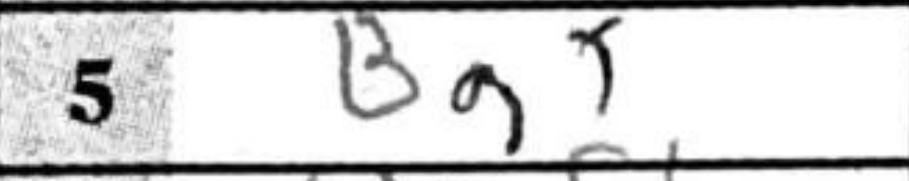
Transcription: Bg5